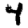
Digit: 4